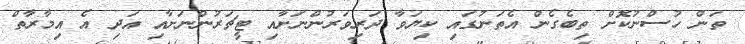
ތަން ހުސްނުކޮށް ތިބެގެން އެތަނުގައި ކިޔަވާ ދަރިވަރުންނަށާއި ޓީޗަރުންނަށާއި އަދި އެ އިމާރާތް